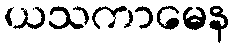
ယသကာမေန